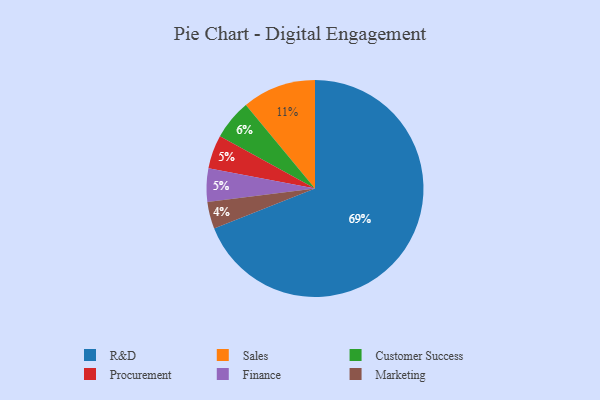
{"axis": {"x": "Category", "y": "Percentage"}, "legend": ["Customer Success", "Finance", "Marketing", "Procurement", "R&D", "Sales"], "data": [{"x": "Customer Success", "y": 6, "type": "Customer Success"}, {"x": "Sales", "y": 11, "type": "Sales"}, {"x": "R&D", "y": 69, "type": "R&D"}, {"x": "Procurement", "y": 5, "type": "Procurement"}, {"x": "Finance", "y": 5, "type": "Finance"}, {"x": "Marketing", "y": 4, "type": "Marketing"}]}